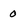
Character: 0